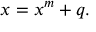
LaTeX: x = x ^ { m } + q .